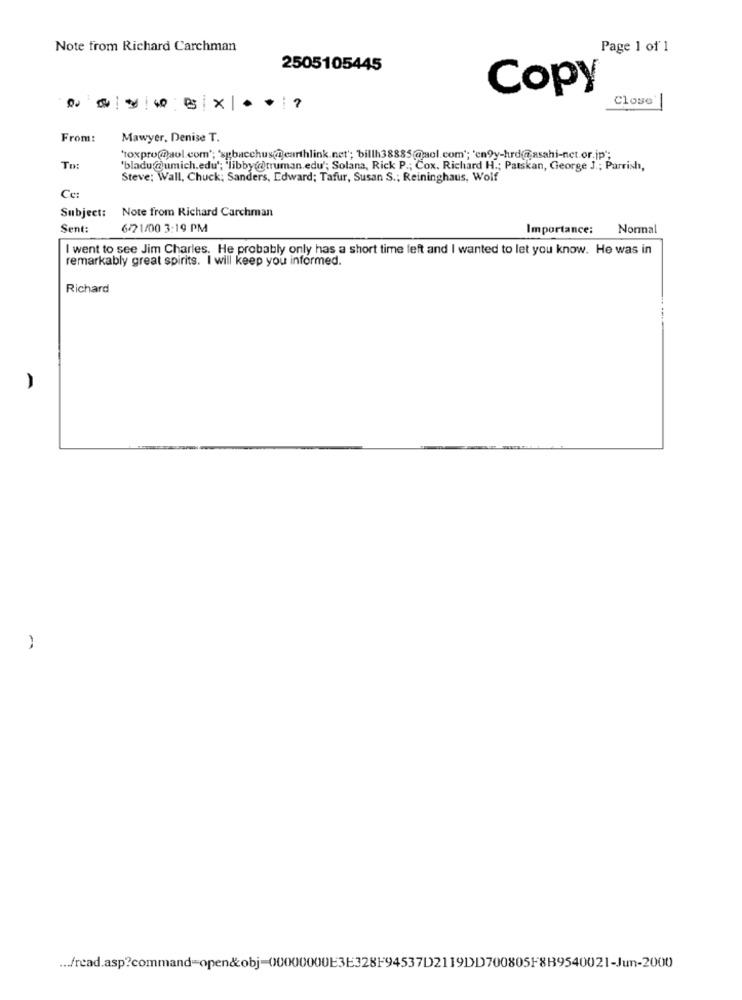
Note from Richard Carchman
Page 1 of 1
2505105445
Copy
Close
From:
Mawyer, Denise T.
'toxpro(@aol.com'; 'sgbacchus@earthlink.net'; 'billh38885@aol.com'; 'en9y-hrd@asahi-net.or.jp";
To:
'bladu@umich.edu'; 'libby(@)truman.edu'; Solana, Rick P .; Cox. Richard H .; Patskan, George J .; Parrish,
Steve: Wall, Chuck; Sanders, Edward; Tafur, Susan S .; Reininghaus, Wolf
Ce:
Subject:
Note from Richard Carchman
Sent:
6/21/00 3:19 PM
Importance:
Nonnal
I went to see Jim Charles. He probably only has a short time left and I wanted to let you know. He was in
remarkably great spirits. I will keep you informed.
Richard
... /read.asp?command=open&obj-00000000E3E328F94537D2119DD700805F8B9540021-Jun-2000